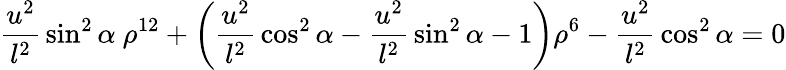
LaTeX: {\frac{u^{2}}{l^{2}}}\sin^{2}\alpha~\rho^{12}+\left({\frac{u^{2}}{l^{2}}}\cos^{2}\alpha-{\frac{u^{2}}{l^{2}}}\sin^{2}\alpha-1\right)\rho^{6}-{\frac{u^{2}}{l^{2}}}\cos^{2}\alpha=0